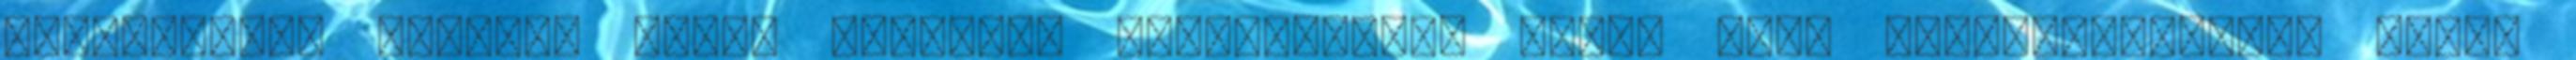
maradandóan állítja elénk Beatrice elérhetetlen szép- hogy dramaturgiailag Dante